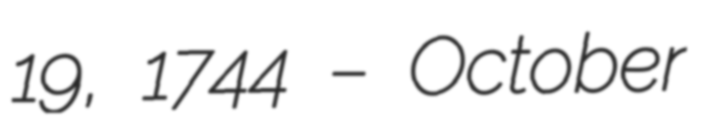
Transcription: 19, 1744 – October